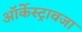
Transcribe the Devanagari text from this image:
ऑर्केस्ट्रावजा